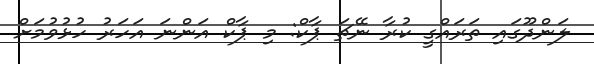
ލަންދޫގައި ތަރައްގީ ކުރާ ނޭޗަ ޕާކް: މި ޕާކް އަންނަ އަހަރު ހުޅުވުމަށް